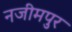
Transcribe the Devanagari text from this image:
नजीमपुर